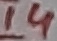
Text: 14